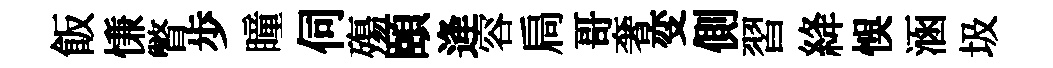
飯慊瞥歩瞳伺殤頤逄容扃哥奢变側習絳悞涵圾